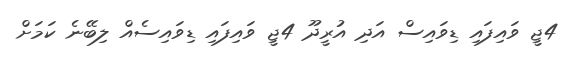
4ޖީ ވައިފައި ޑިވައިސް އަދި އުރީދޫ 4ޖީ ވައިފައި ޑިވައިސެއް ލިބޭނެ ކަމަށް